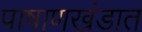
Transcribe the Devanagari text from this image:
पाषाणखंडात